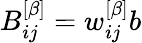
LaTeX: B_{ij}^{\left[\beta\right]}=w_{ij}^{\left[\beta\right]}b